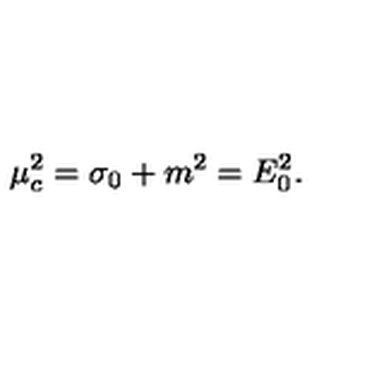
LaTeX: \mu _ { c } ^ { 2 } = \sigma _ { 0 } + m ^ { 2 } = E _ { 0 } ^ { 2 } .